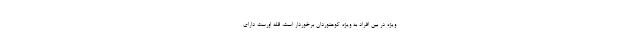
ویژه در بین افراد به ویژه کوهنوردان برخوردار است، قله اورست دارای